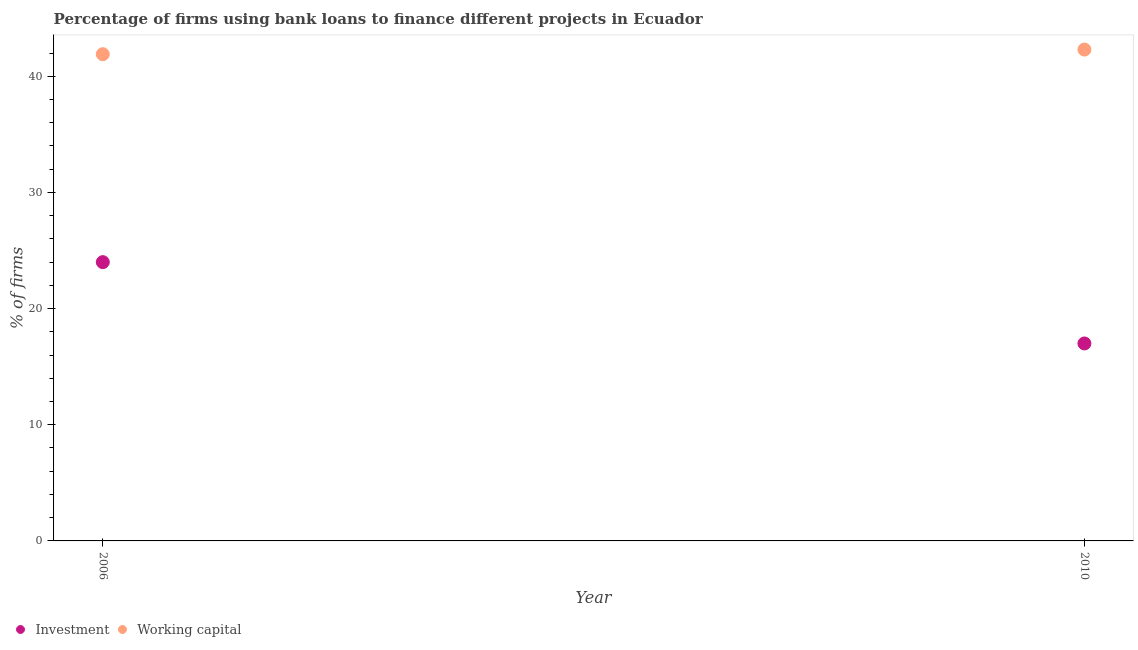
| Year | Investment | Working capital |
 | --- | --- | --- |
 | 2006 | 24 | 41.9 |
 | 2010 | 17 | 42.3 |